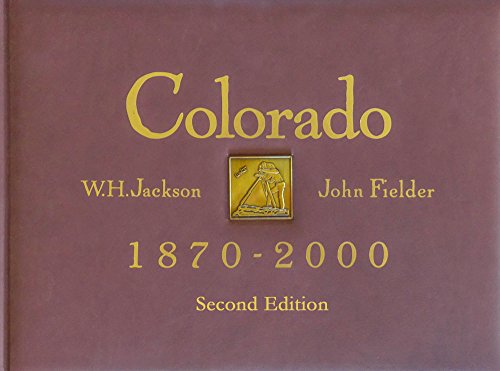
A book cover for Colorado 1870 - 2000, Second Edition; John Fielder; Arts & Photography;